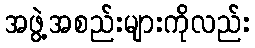
အဖွဲ့အစည်းများကိုလည်း